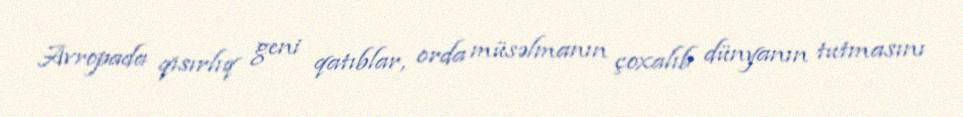
Avropada qısırlıq geni qatıblar, orda müsəlmanın çoxalıb dünyanın tutmasını